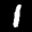
Label: 1